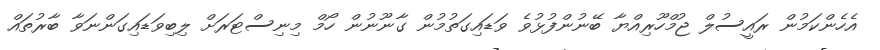
އެހެންކަމުން ރައީސުލް ޖުމްހޫރިއްޔާ ބޭނުންފުޅުވެ ވަޑައިގަތުމުން ގާނޫނުން ހޯމް މިނިސްޓަރަށް ލިބިވަޑައިގަންނަވާ ބާރުތައް